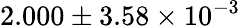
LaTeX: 2.000\pm 3.58\times 10^{-3}